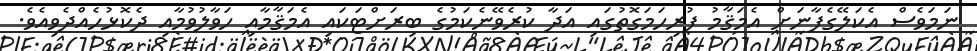
ނަމަވެސް އެކަލޭގެފާނަށް އެމަޤާމު ފުރިހަމަގޮތުގައި އަދާ ކުރެވޭނެކަމުގެ ބިރަށްޓަކައި އެމަޤާމާއި ހަވާލުވުމާއި ދެކޮޅުހެއްދެވިއެވެ.